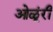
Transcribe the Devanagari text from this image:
ओळूंरी